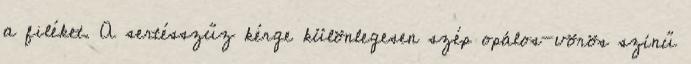
a filéket. A sertésszűz kérge különlegesen szép opálos-vörös színű